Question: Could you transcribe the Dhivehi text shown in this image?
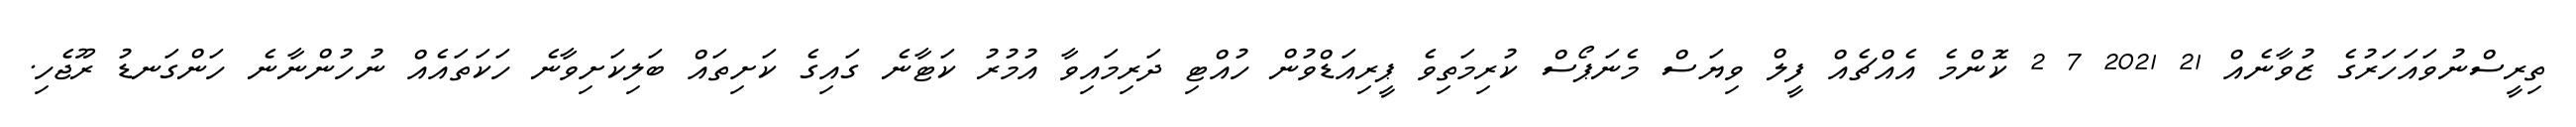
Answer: ތިރީސްނުވައަހަރުގެ ޒުވާނެއް 21 2021 7 2 ކޮންމެ އެއްޗެއް ފީލް ވިޔަސް މެނަޕޯސް ކުރިމަތިވެ ޕީރިއަޑްވުން ހުއްޓި ދަރިމައިވާ އުމުރު ކަޓާނެ ގައިގެ ކަށިތައް ބަލިކަށިވާނެ ހަކަތައެއް ނުހުންނާނެ ހަންގަނޑު ރޫޖެހި.